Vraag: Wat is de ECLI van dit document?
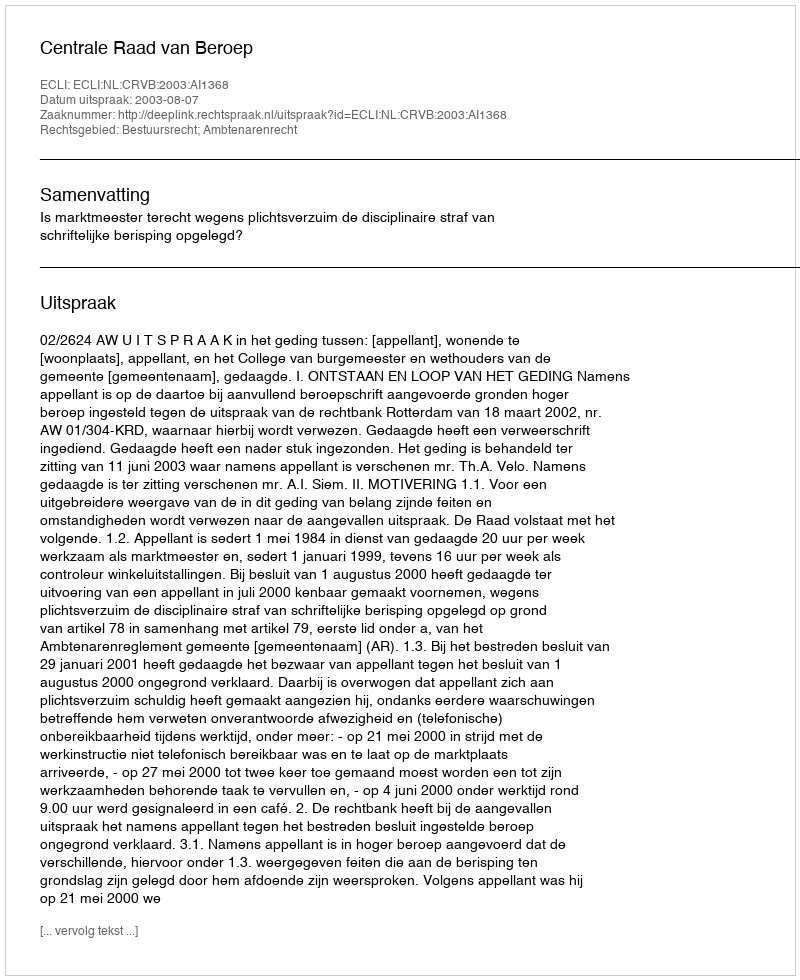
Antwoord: ECLI:NL:CRVB:2003:AI1368